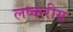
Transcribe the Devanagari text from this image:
लष्करीय